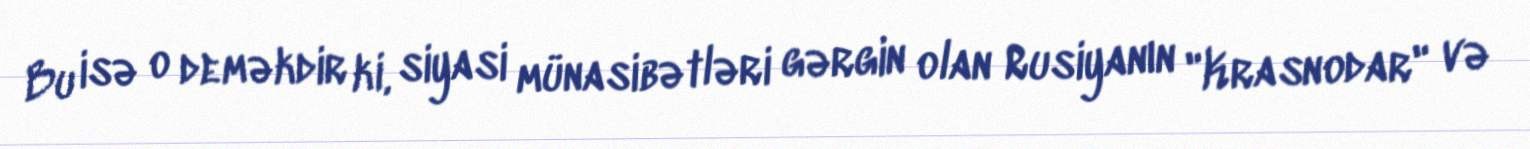
Bu isə o deməkdir ki, siyasi münasibətləri gərgin olan Rusiyanın "Krasnodar" və